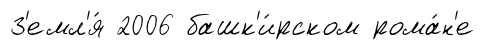
З'емл'я́ 2006 башк'и́рском рома́н'е